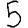
Digit: 5